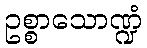
ဥစ္စာသောဏ္ဍံ